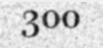
300